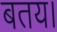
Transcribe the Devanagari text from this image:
बतय।